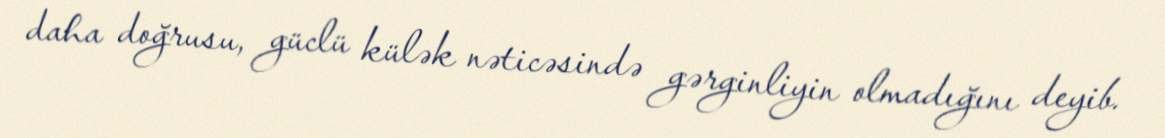
daha doğrusu, güclü külək nəticəsində gərginliyin olmadığını deyib.